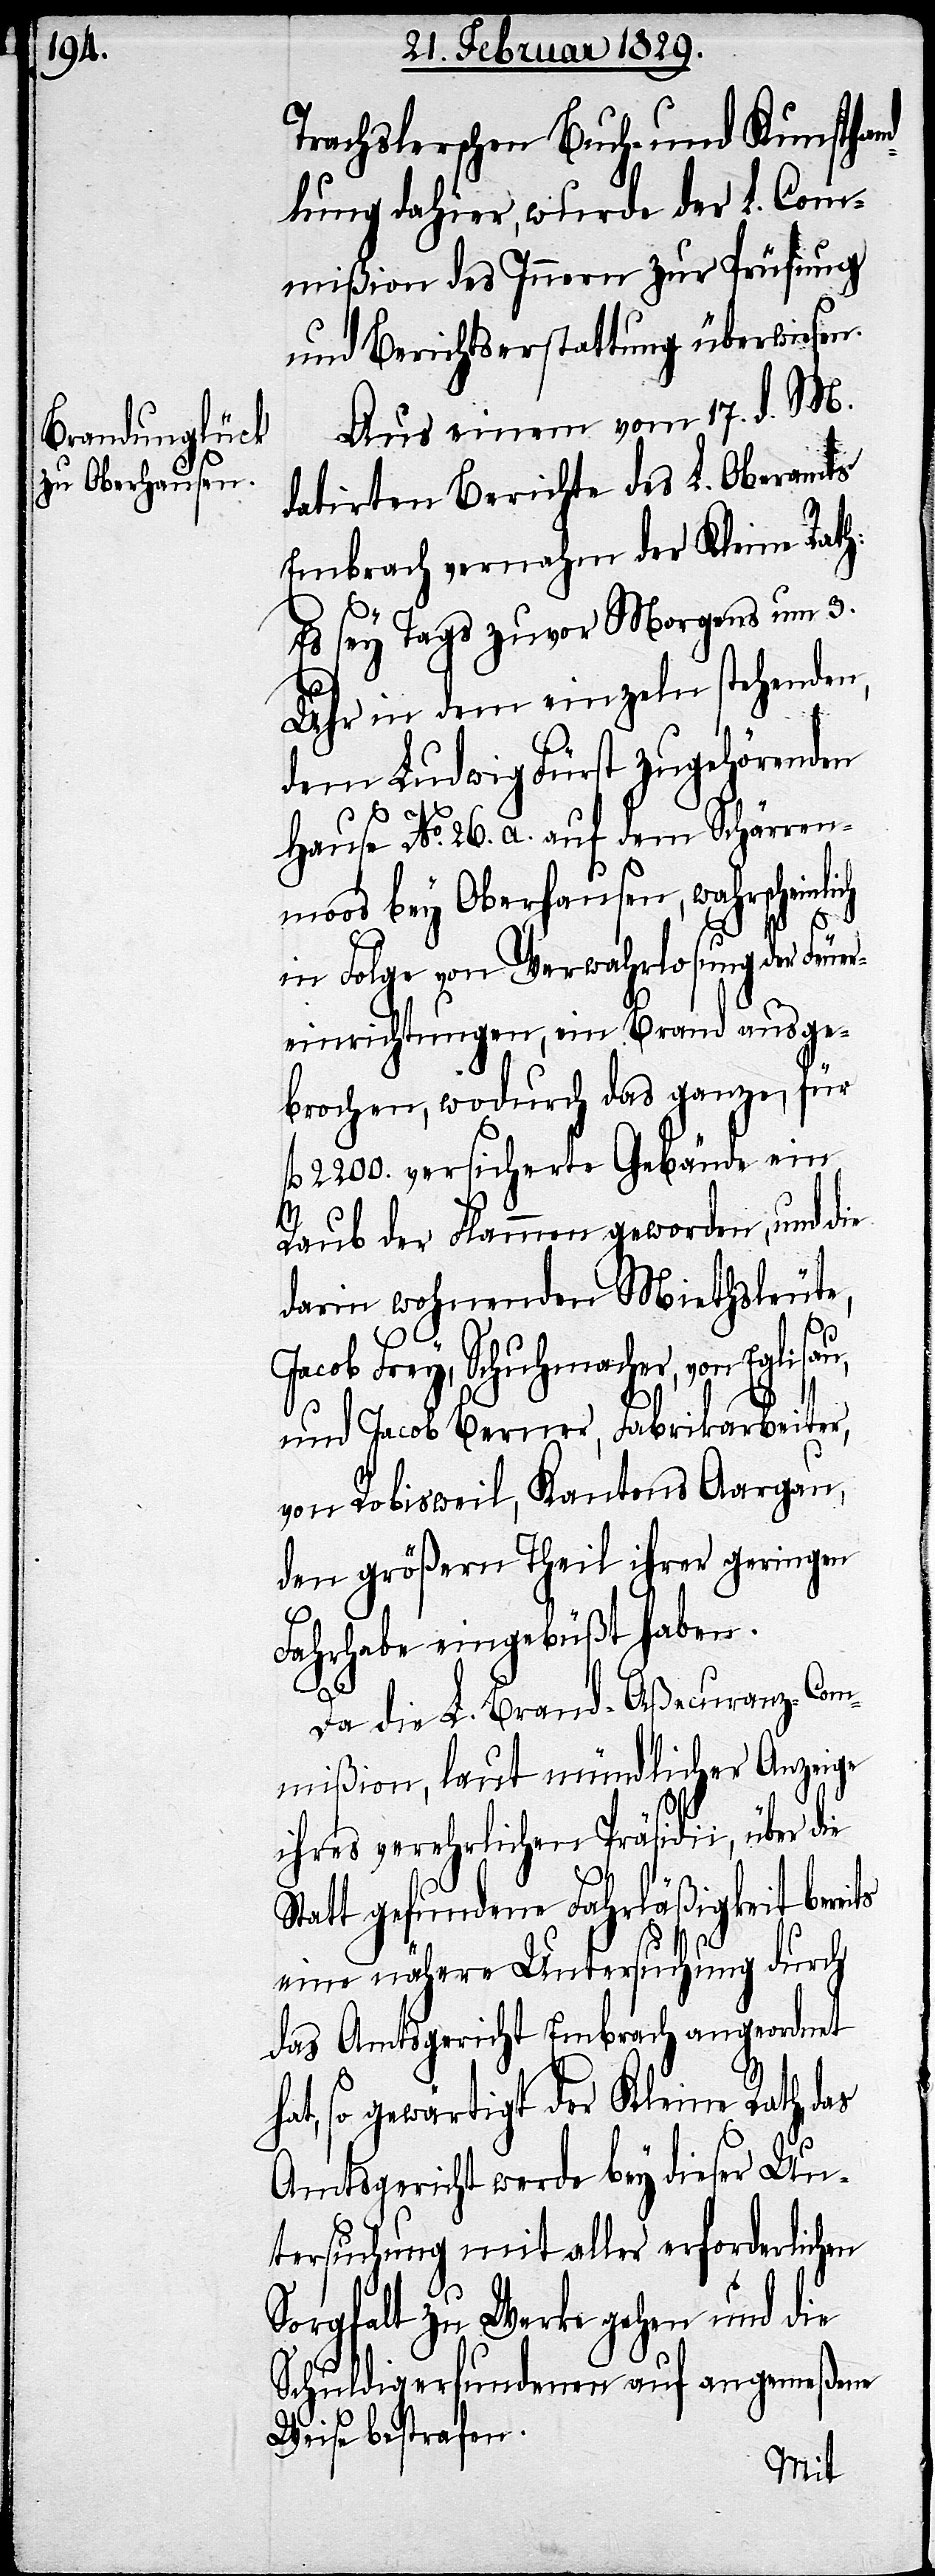
Trachslerschen Buch- und Kunsthan¬
dlung dahier, wurde der L. Com¬
mißion des Innern zur Prüfung
und Berichtserstattung überwiesen.
Aus einem vom 17. d. M.
datirten Berichte des L. Oberamts
Embrach vernahm der Kleine Rath:
Es sey Tags zuvor Morgens um 3.
Uhr in dem einzeln stehenden,
dem Ludwig Fürst zugehörenden
Hause No. 26. a. auf dem Schörren¬
moos bey Oberhausen, wahrschein¬
in Folge von Verwahrlosung der Feue¬
reinrichtungen, ein Brand ausge¬
brochen, wodurch das ganze, für
fl. 2200. versicherte Gebäude ein
Raub der Flammen geworden, und die
darin wohnenden Miethsleute,
Jacob Frey, Schuhmacher, von Eglisau,
ts
und Jacob Berner, Fabrikarbeiter,
vor Robisweil, Kantons Aargau,
den größern Theil ihrer geringen
Fahrhabe eingebüßt haben.
Da die L. Brand-Aßecuranz-Com¬
mißion, laut mündlicher Anzeige
lich
ihres verehrlichen Präsidii, über die
Statt gefundene Fahrläßigkeit berei¬
eine nähere Untersuchung durch
das Amtsgericht Embrach angeordnet
hat, so gewärtigt der Kleine Rath das
Amtsgericht werde bey dieser Un¬
tersuchung mit aller erforderlichen
Sorgfalt zu Werke gehen und die
Schuldigerfundenen auf angemeßene
Weise bestrafen.